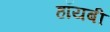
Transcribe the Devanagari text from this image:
हॉयबी